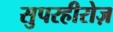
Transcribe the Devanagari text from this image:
सुपरहीरोज़